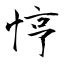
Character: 悙